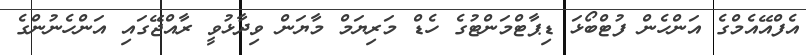
އެފްއޭއެމްގެ އަންހެން ފުޓްބޯޅަ ޑިޕާޓްމަންޓުގެ ހެޑް މަރިޔަމް މާޔަން ވިދާޅުވީ ރާއްޖޭގައި އަންހެނުންގެ